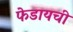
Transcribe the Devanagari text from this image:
फेडायची